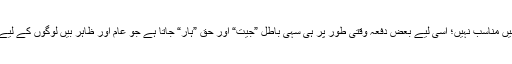
اِسی لیے وہ قدرے مطمئن اور فارغ البال رہتا ہے، جو جہد وعمل کی اِس خاکی دنیا میں مناسب نہیں؛ اسی لیے بعض دفعہ وقتی طور پر ہی سہی باطل ”جیت“ اور حق ”ہار“ جاتا ہے جو عام اور ظاہر بیں لوگوں کے لیے نہ صرف دور رس نتائج کا حامل ہوتا ہے؛ بلکہ بڑی آزمایش کا ذریعہ بھی ہوتاہے۔